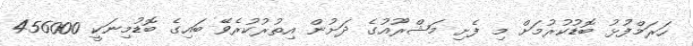
ހަރަމްފުޅު ބޮޑުކުރުމަށް މި ފެށި މަޝްރޫއުގެ ދަށުން އިތުރުކުރެވޭ ބައިގެ ބޮޑުމިނަކީ 456000